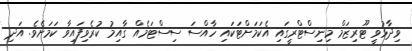
ވިދާޅުވީ ޓޫރިޒަމް މިނިސްޓްރީގައި އެކަމަށްޓަކައި ހާއްސަ ސިސްޓަމެއް ގާއިމު ކުރެވިފައިވާ ކަަމަށެވެ. އަދި